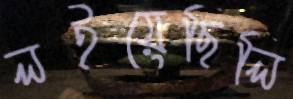
লইয়েছিলি